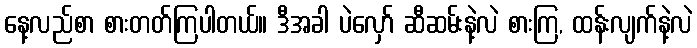
နေ့လည်စာ စားတတ်ကြပါတယ်။ ဒီအခါ ပဲလှော် ဆီဆမ်းနဲ့လဲ စားကြ, ထန်းလျက်နဲ့လဲ